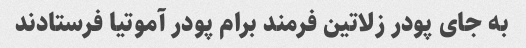
به جای پودر زلاتین فرمند برام پودر آموتیا فرستادند